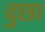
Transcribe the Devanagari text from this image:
दुछा